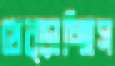
থেব্‌ড়াচ্ছিস